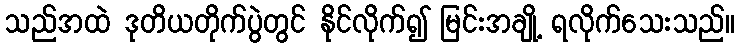
သည်အထဲ ဒုတိယတိုက်ပွဲတွင် နိုင်လိုက်၍ မြင်းအချို့ ရလိုက်သေးသည်။